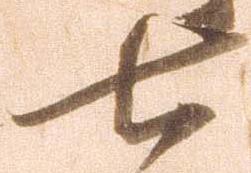
七